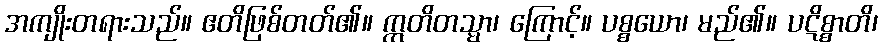
အကျိုးတရားသည်။ ဧတိဖြစ်တတ်၏။ ဣတိတသ္မာ၊ ကြောင့်။ ပစ္စယော၊ မည်၏။ ပဋိစ္စာတိ၊